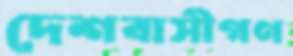
দেশবাসীগণ